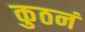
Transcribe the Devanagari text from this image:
कुठनं